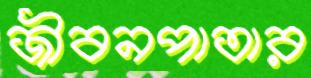
জীবনপাতার